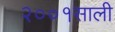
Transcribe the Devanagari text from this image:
२००१साली